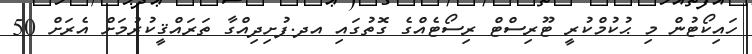
ހައިކޯޓުން މި ޙުކުމްކުރީ ޓޫރިސްޓް ރިސޯޓެއްގެ ގޮތުގައި އދ.ފުށިދިއްގާ ތަރައްޤީކުރުމަށް އެރަށް 50